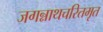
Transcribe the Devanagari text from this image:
जगन्नाथचरितमृत